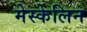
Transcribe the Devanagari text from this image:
मेस्केलिन